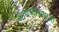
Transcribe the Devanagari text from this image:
आद्यजीवाणुओं